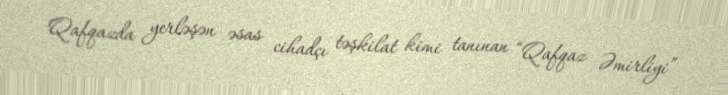
Qafqazda yerləşən əsas cihadçı təşkilat kimi tanınan “Qafqaz Əmirliyi”